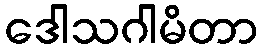
ဒေါသဂါမိတာ